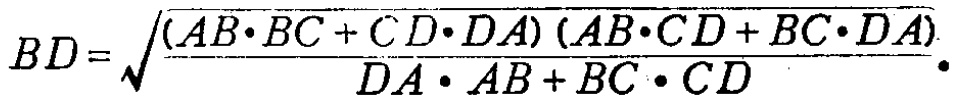
\[BD = \sqrt{\frac{(AB\cdot BC + CD\cdot DA)(AB\cdot CD + BC\cdot DA)}{DA\cdot AB + BC\cdot CD}}.\]